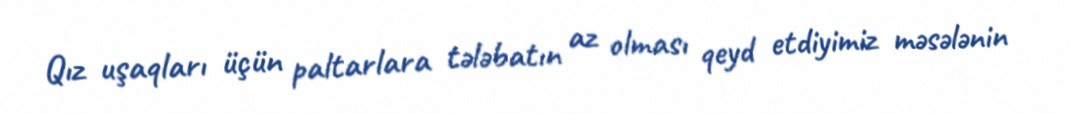
Qız uşaqları üçün paltarlara tələbatın az olması qeyd etdiyimiz məsələnin